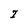
Character: I